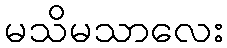
မသိမသာလေး